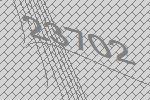
23702